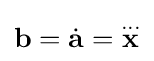
\mathbf {b} ={\dot {\mathbf {a} }}={\overset {\dots }{\mathbf {x} }}